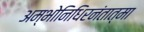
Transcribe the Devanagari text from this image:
अम्भोनिधिरनंतात्मा